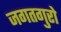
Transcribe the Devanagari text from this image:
जगतगुरो